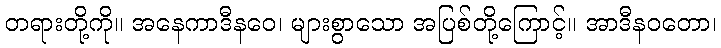
တရားတို့ကို။ အနေကာဒီနဝေ၊ များစွာသော အပြစ်တို့ကြောင့်။ အာဒီနဝတော၊